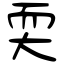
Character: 耎